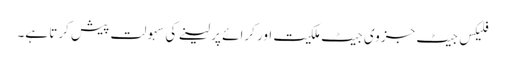
فلیکس جیٹ جزوی جیٹ ملکیت اور کرائے پر لینے کی سہولت پیش کرتا ہے۔